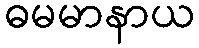
ဓမမာနာယ